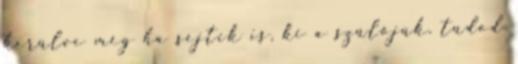
kerülve még ha sejtik is, ki a szülőjük. tudod